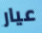
عيار